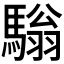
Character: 𩥛